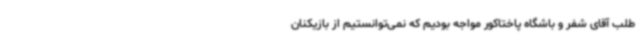
طلب آقای شفر و باشگاه پاختاکور مواجه بودیم که نمی‌توانستیم از بازیکنان